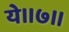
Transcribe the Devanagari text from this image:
ये॥७॥